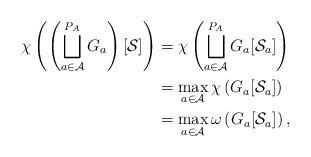
LaTeX: \begin{align*} \chi\left(\left(\bigsqcup_{a \in \mathcal{A}}^{P_A} G_a \right)[\mathcal{S}]\right) & = \chi\left(\bigsqcup_{a \in \mathcal{A}}^{P_A} G_a[\mathcal{S}_a] \right) \\ & = \max_{a \in \mathcal{A}} \chi\left(G_a[\mathcal{S}_a]\right) \\ & = \max_{a \in \mathcal{A}} \omega\left(G_a[\mathcal{S}_a]\right), \end{align*}